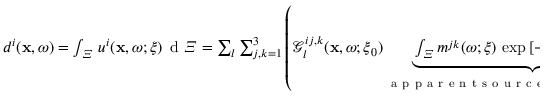
\begin{array} { r } { d ^ { i } ( \mathbf { x } , \omega ) = \int _ { \varXi } \, u ^ { i } ( \mathbf { x } , \omega ; \boldsymbol { \xi } ) \, \mathrm { ~ d ~ } \varXi = \sum _ { l } \sum _ { j , k = 1 } ^ { 3 } \left( \mathcal { G } _ { l } ^ { i j , k } ( \mathbf { x } , \omega ; \boldsymbol { \xi } _ { 0 } ) \underbrace { \int _ { \varXi } m ^ { j k } ( \omega ; \boldsymbol { \xi } ) \, \exp { [ - \imath \omega ( \boldsymbol { \xi } \cdot \boldsymbol \gamma _ { l } ) / c ] } \, \mathrm { ~ d ~ } \varXi } _ { \mathrm { ~ a ~ p ~ p ~ a ~ r ~ e ~ n ~ t ~ s ~ o ~ u ~ r ~ c ~ e ~ f ~ u ~ n ~ c ~ t ~ i ~ o ~ n ~ } \, s _ { l } ^ { j k } ( \omega ; \gamma _ { l } ) } \right) . } \end{array}